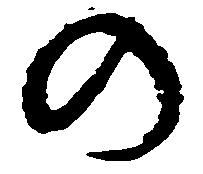
の